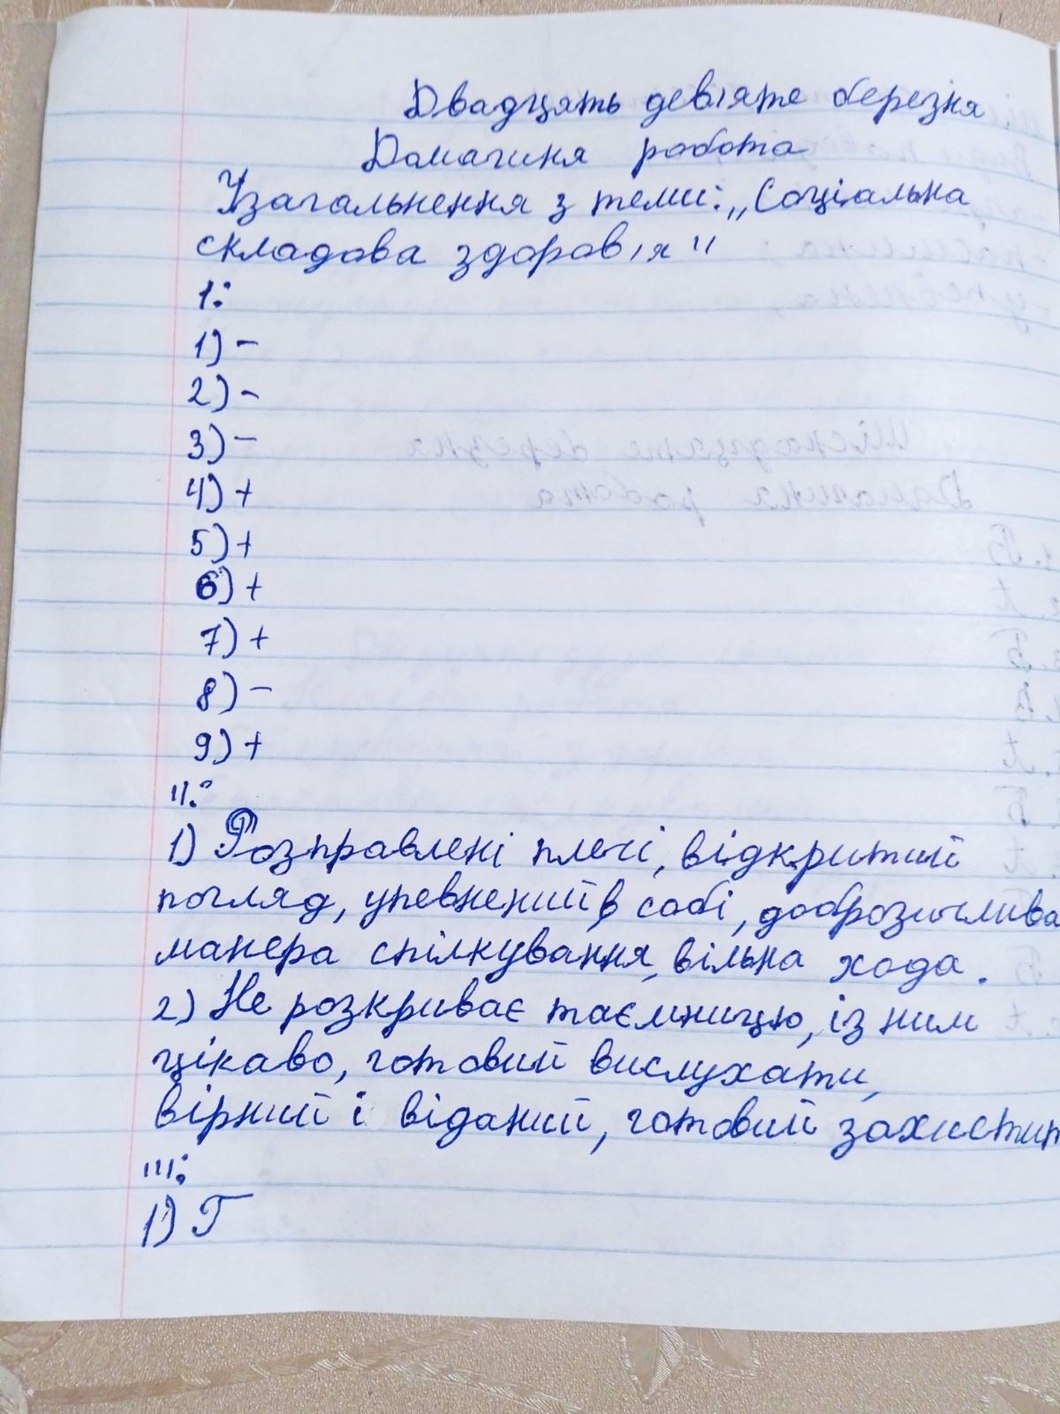
Двадцять дев'яте березня
Домашня робота
Узагальнення з теми: „Соціальна
складова здоров'я"
1:
1) -
2) -
3) -
4)+
5)+
6) +
7) +
8) -
9) +
ІІ:
1) Розправлені плечі, відкритий
погляд, упевнений в собі, доброзичлива
манера спілкування, вільна хода.
2) Не розкриває таємницю, із ним
цікаво, готовий вислухати
вірний і віданий, готовий захистип
ІІІ:
1) Г